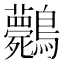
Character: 𪈘